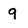
Character: 9